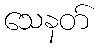
သေနတ်